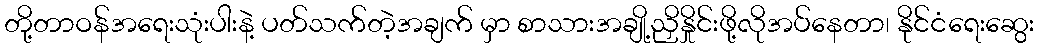
တို့တာဝန်အရေးသုံးပါးနဲ့ ပတ်သက်တဲ့အချက် မှာ စာသားအချို့ညှိနှိုင်းဖို့လိုအပ်နေတာ၊ နိုင်ငံရေးဆွေး